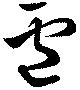
盧